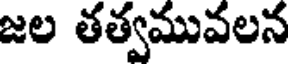
జల తత్వమువలన